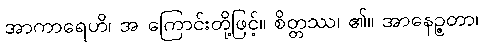
အာကာရေဟိ၊ အ ကြောင်းတို့ဖြင့်။ စိတ္တဿ၊ ၏။ အာနေဉ္ဇတာ၊